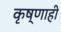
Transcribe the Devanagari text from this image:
कृष्णाही